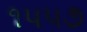
૧૫૫૭